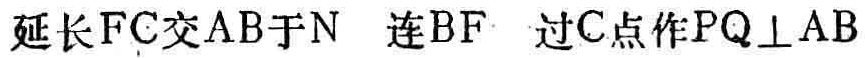
延长\(FC\)交\(AB\)于\(N\) 连\(BF\) 过\(C\)点作\(PQ\perp AB\)